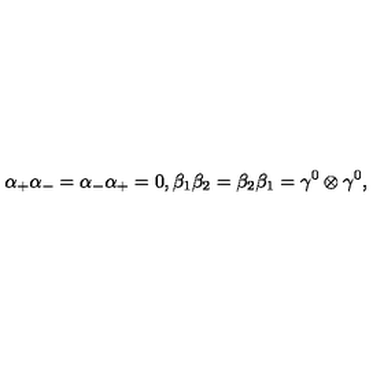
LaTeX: { \alpha } _ { + } { \alpha } _ { - } = { \alpha } _ { - } { \alpha } _ { + } = 0 , { \beta } _ { 1 } { \beta } _ { 2 } = { \beta } _ { 2 } { \beta } _ { 1 } = { \gamma } ^ { 0 } \otimes { \gamma } ^ { 0 } ,